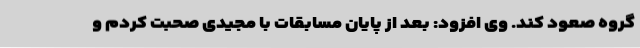
گروه صعود کند. وی افزود: بعد از پایان مسابقات با مجیدی صحبت کردم و